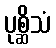
ပုစ္ဆိသံ